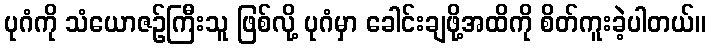
ပုဂံကို သံယောဇဉ်ကြီးသူ ဖြစ်လို့ ပုဂံမှာ ခေါင်းချဖို့အထိကို စိတ်ကူးခဲ့ပါတယ်။